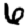
Digit: 6